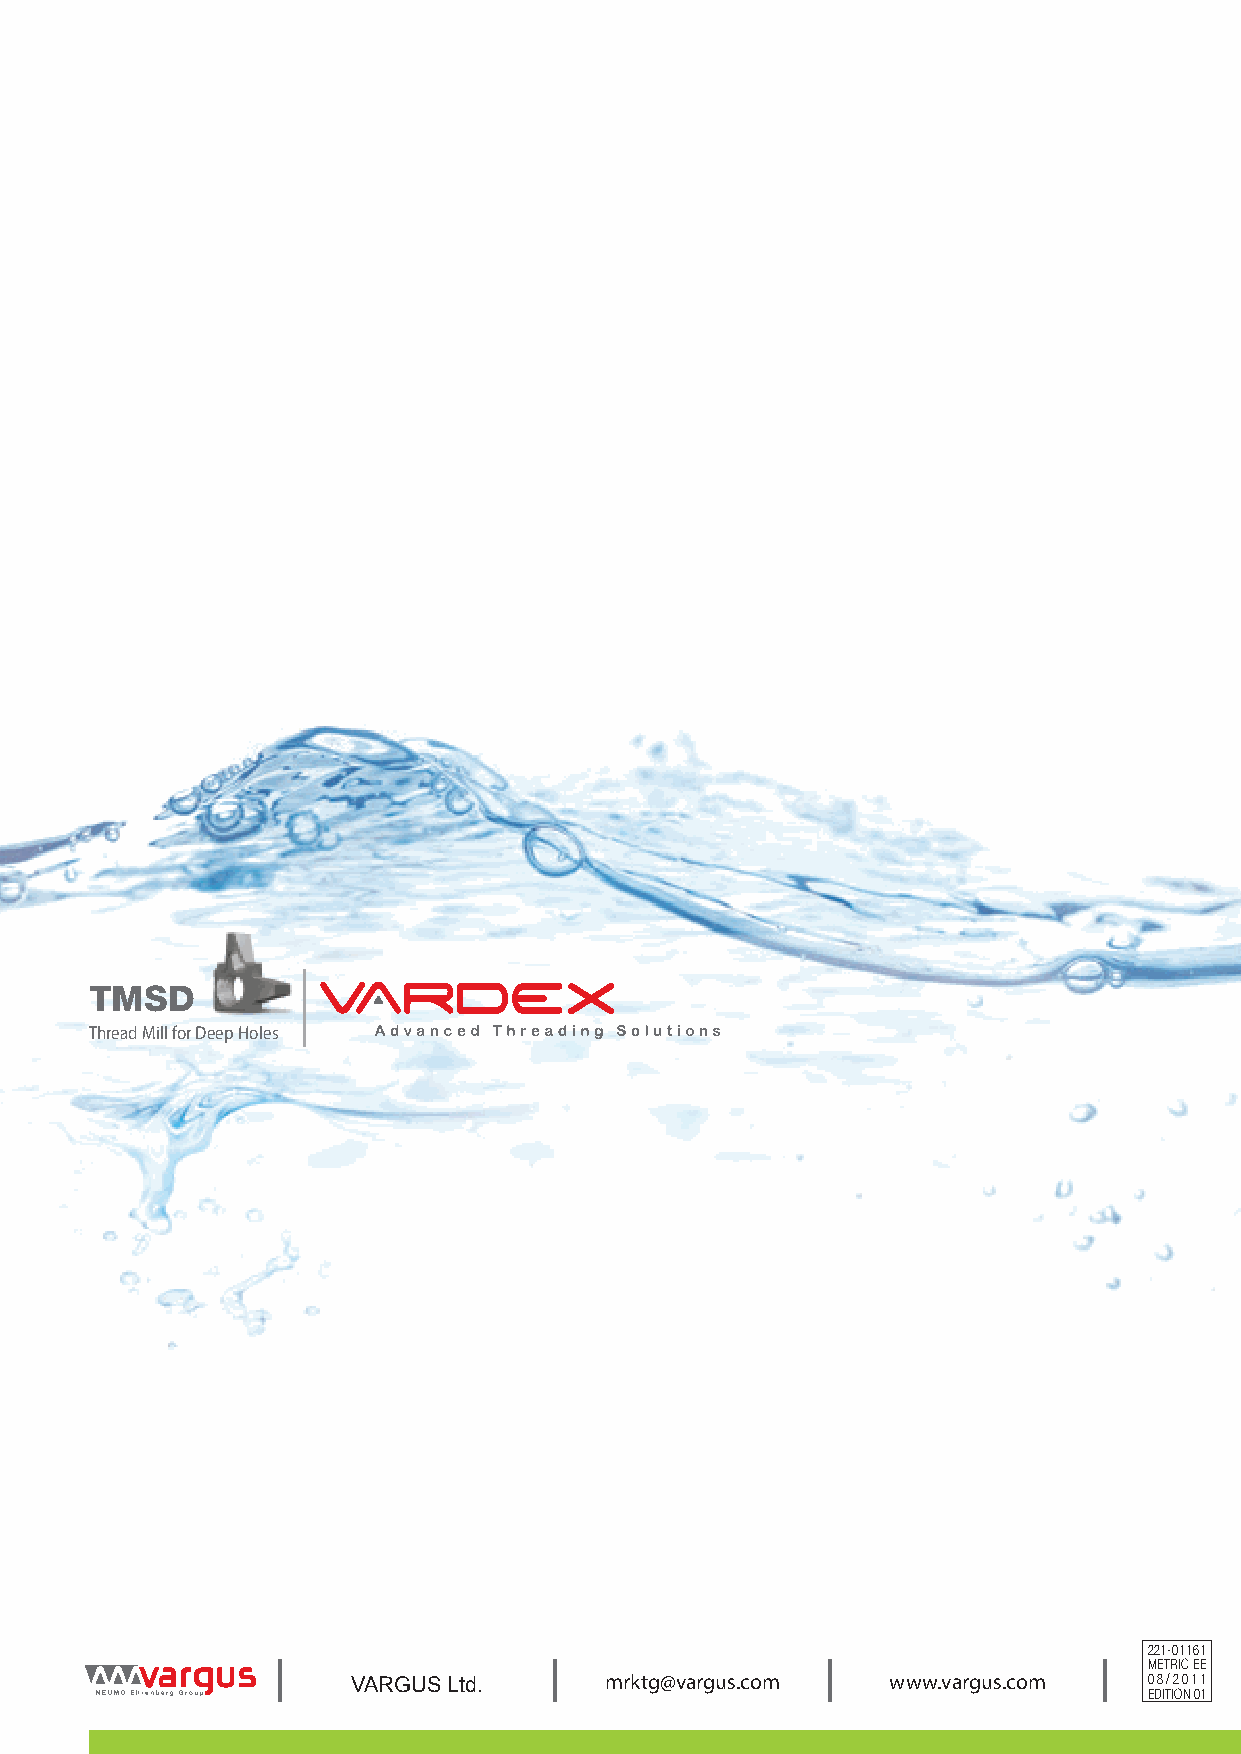
TMSD
 TThhrreeaadd MMiillll ffoorr DDeeeepp HHoolleess
 221-01161
 METRIC EE
 VARGUS Ltd.      mrktg@vargus.com   www.vargus.com   08/2011
 EDITION 01